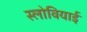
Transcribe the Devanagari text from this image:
स्लोवियाई